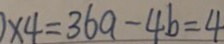
\times 4 = 3 6 a - 4 b = 4